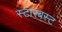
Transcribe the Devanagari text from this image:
स्टारबस्ट